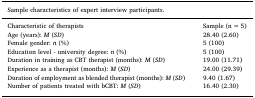
| Sample characteristics of expert interview participants. |  |
 | --- | --- |
 | Characteristic of therapists | Sample (n = 5) |
 | Age (years): M (SD) | 28.40 (2.60) |
 | Female gender: n (%) | 5 (100) |
 | Education level - university degree: n (%) | 5 (100) |
 | Duration in training as CBT therapist (months): M (SD) | 19.00 (11.71) |
 | Experience as a therapist (months): M (SD) | 24.00 (29.39) |
 | Duration of employment as blended therapist (months): M (SD) | 9.40 (1.67) |
 | Number of patients treated with bCBT: M (SD) | 16.40 (2.30) |